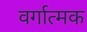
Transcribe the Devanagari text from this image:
वर्गात्मक